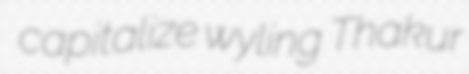
capitalize wyling Thakur